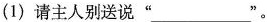
(1)请主人别送说”___”。